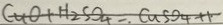
G u O + H _ { 2 } S O _ { 4 } = C u S O _ { 4 } + 1